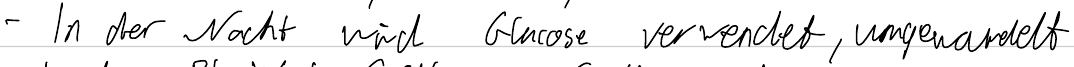
- In der Nacht wird Glucose verwendet, umgewandelt